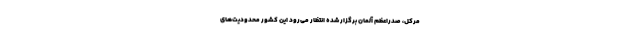
مرکل، صدراعظم آلمان برگزار شده انتظار می‌رود این کشور محدودیت‌های